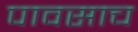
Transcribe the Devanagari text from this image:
पावसाच